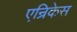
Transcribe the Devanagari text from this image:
एन्रिकेस